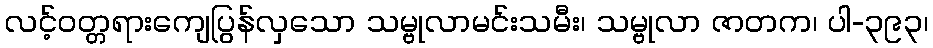
လင့်ဝတ္တရားကျေပြွန်လှသော သမ္ဗုလာမင်းသမီး၊ သမ္ဗုလာ ဇာတက၊ ပါ-၃၉၃၊